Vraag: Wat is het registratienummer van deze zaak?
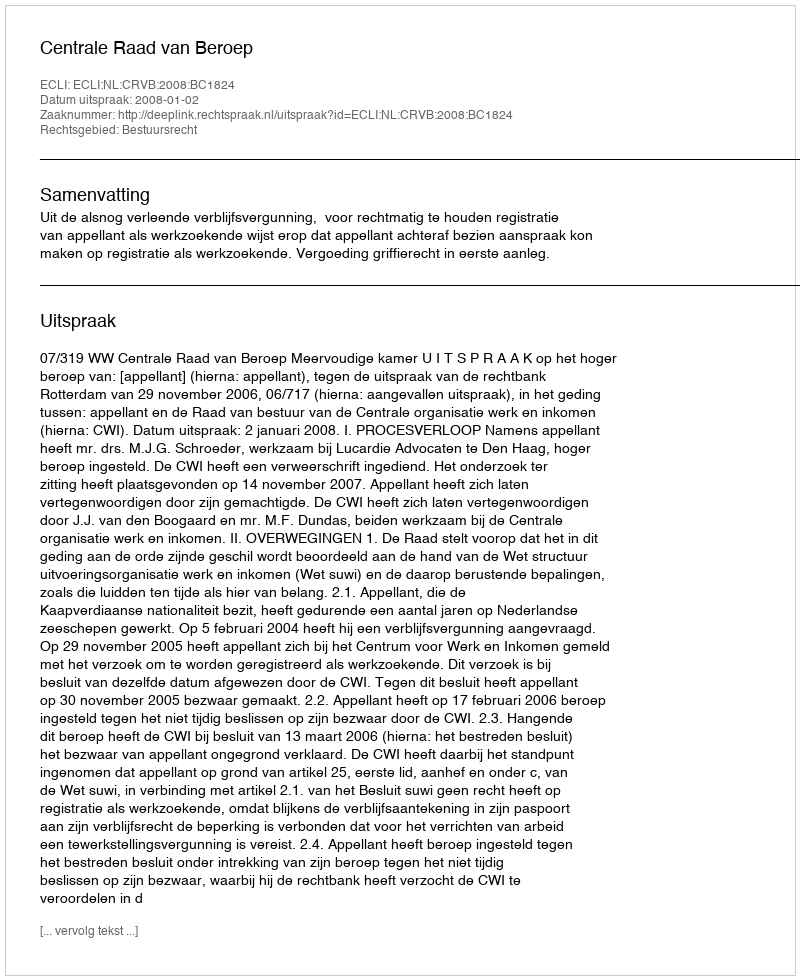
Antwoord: http://deeplink.rechtspraak.nl/uitspraak?id=ECLI:NL:CRVB:2008:BC1824